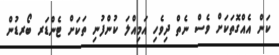
ކަން އެއްގޮތަކަށް ވެސް ނެތް ދިވެހި އަމިއްލަ ކުންފުނި ތަކަށް ޓެންޑަރ ބޯރޑުން